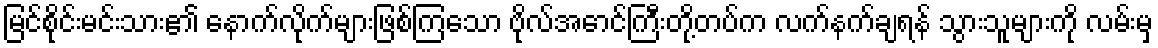
မြင်စိုင်းမင်းသား၏ နောက်လိုက်များဖြစ်ကြသော ဗိုလ်အောင်ကြီးတို့တပ်က လက်နက်ချရန် သွားသူများကို လမ်းမှ